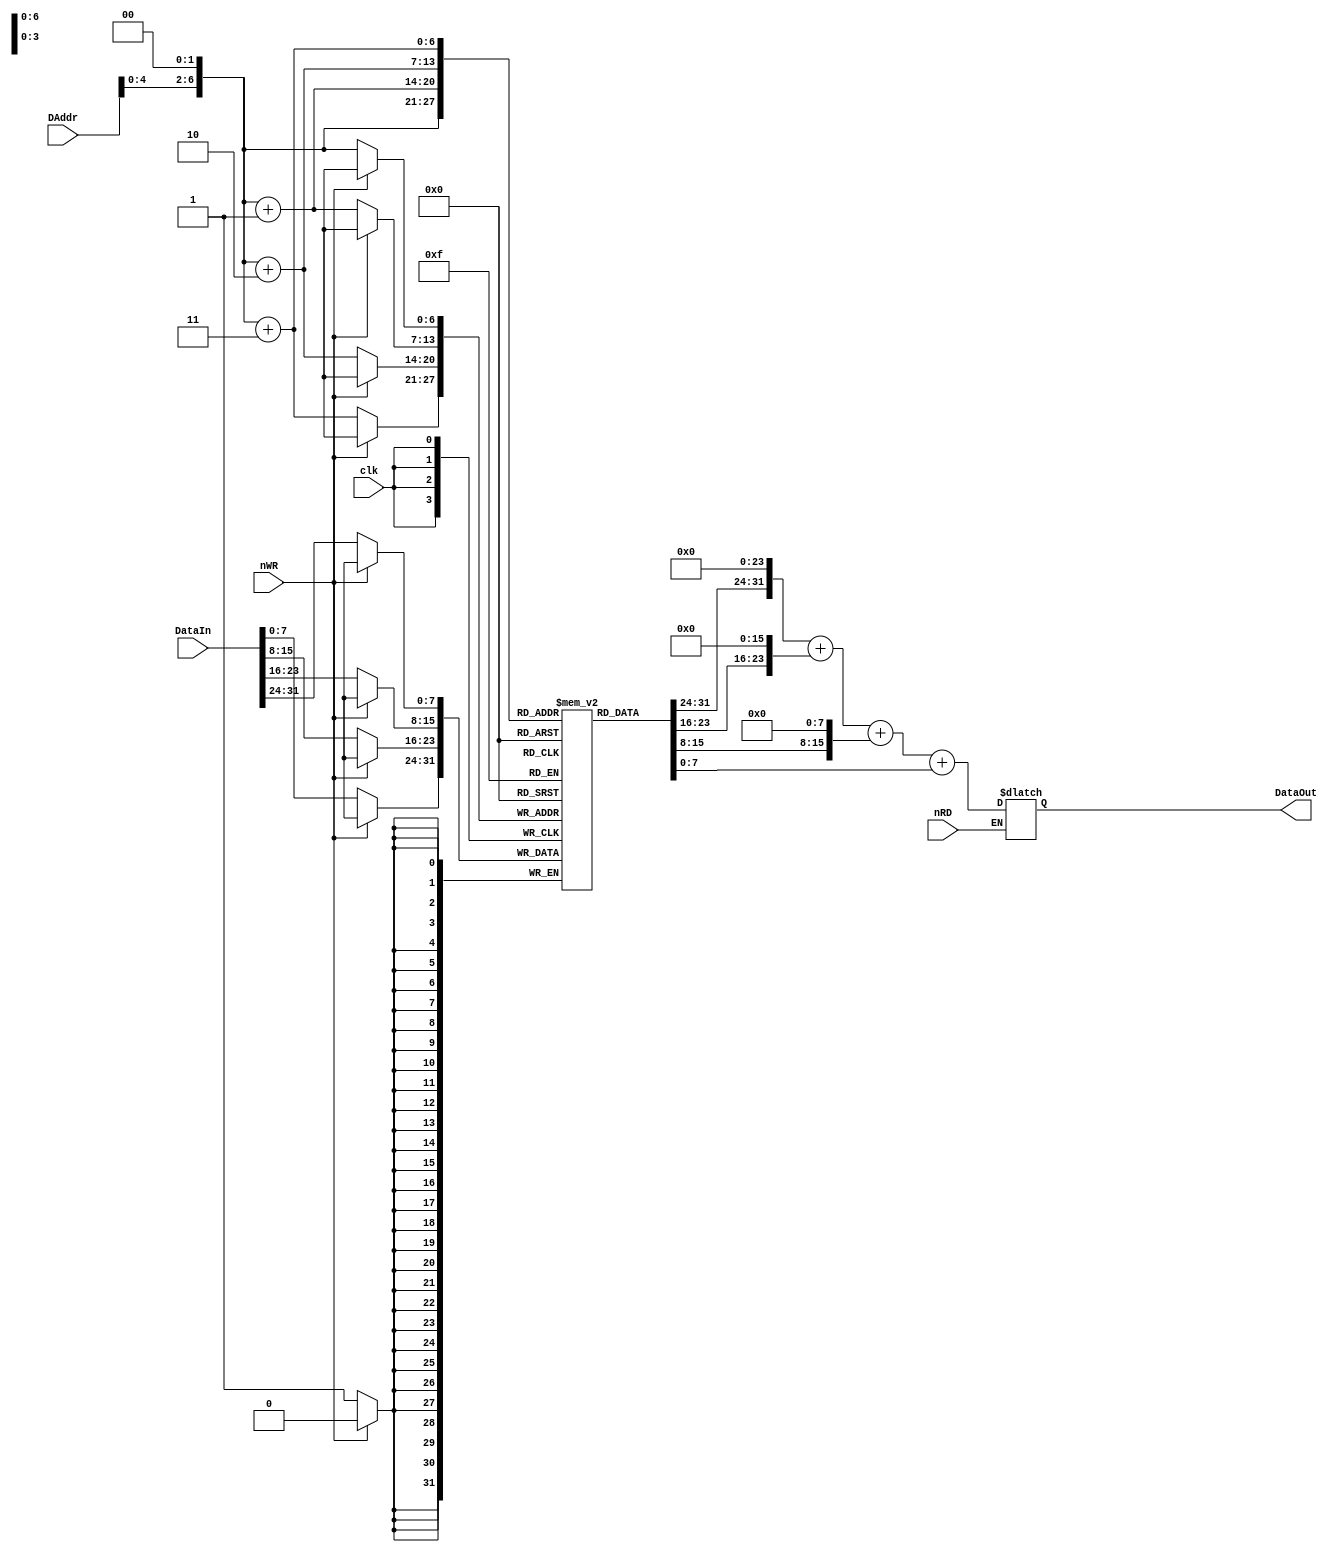
`timescale 1ns / 1ps
//////////////////////////////////////////////////////////////////////////////////
// Company: 
// Engineer: 
// 
// Design Name: 
// Module Name: DataMemory
// Project Name: 
// Target Devices: 
// Tool Versions: 
// Description: 
// 
// Dependencies: 
// 
// Revision:
// Revision 0.01 - File Created
// Additional Comments:
// 
//////////////////////////////////////////////////////////////////////////////////


module DataMemory(
    input clk,
    input nRD,
    input nWR,
    input [31:0] DAddr,
    input [31:0] DataIn,
    output reg[31:0] DataOut
    );
    
    reg [7:0] memory[0:127];
    reg [31:0] address;
    
    //always @(nRD or DAddr or memory) begin
    always @(nRD) begin
        if (nRD == 0) begin
             address = (DAddr << 2);
             DataOut = (memory[address]<<24)+
             (memory[address+1]<<16)+
             (memory[address+2]<<8)+
             memory[address+3];
        end
    end
      
    integer i;
    initial begin
        for (i = 0; i < 128; i = i+1) memory[i] <= 0;
    end
    always @(negedge clk)
        begin
            if (nWR == 0) begin
                address = DAddr << 2;
                memory[address] = DataIn[31:24];
                memory[address+1] = DataIn[23:16];
                memory[address+2] = DataIn[15:8];
                memory[address+3] = DataIn[7:0];
            end  
        end
    
endmodule